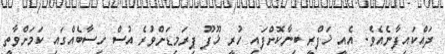
ދައްކައިފާނެއެވެ. އެއީ ޚަފްރީ ބިނާކޮށްފައި ހުރީ ޚޫފޫ ޕިރަމިޑަށްވުރެ އުސް ހިސާބެއްގައި ކަމަށްވާތީ